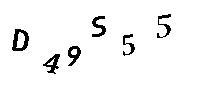
D49S55